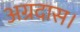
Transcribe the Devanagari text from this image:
अग्रदास।